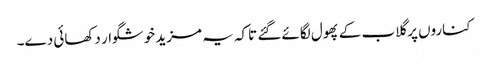
کناروں پر گلاب کے پھول لگائے گئے تاکہ یہ مزید خوشگوار دکھائی دے۔